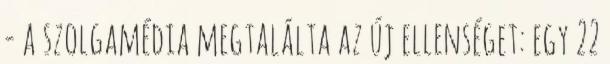
- a szolgamédia megtalálta az új ellenséget: egy 22